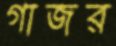
গাজর